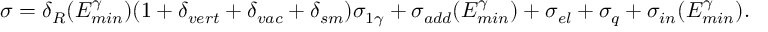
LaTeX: \sigma = \delta _ { R } ( E _ { m i n } ^ { \gamma } ) ( 1 + \delta _ { v e r t } + \delta _ { v a c } + \delta _ { s m } ) \sigma _ { 1 \gamma } + \sigma _ { a d d } ( E _ { m i n } ^ { \gamma } ) + \sigma _ { e l } + \sigma _ { q } + \sigma _ { i n } ( E _ { m i n } ^ { \gamma } ) .